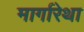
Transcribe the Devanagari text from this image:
मार्गारेथा